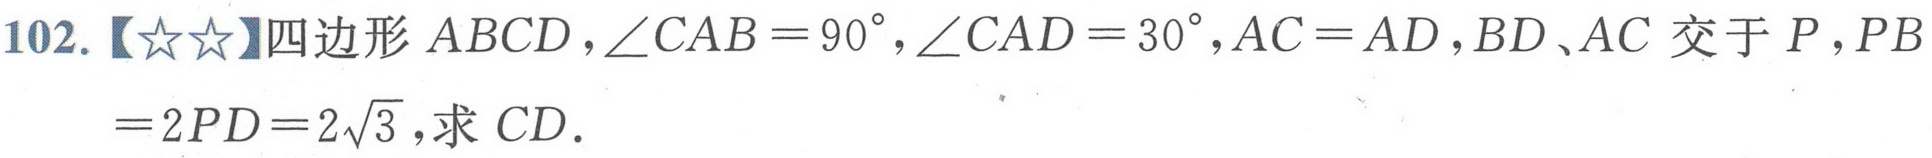
102.【\(☆☆\)】四边形\(ABCD\)，\(\angle CAB = 90^{\circ}\)，\(\angle CAD = 30^{\circ}\)，\(AC = AD\)，\(BD、AC\)交于\(P\)，\(PB = 2PD = 2\sqrt{3}\)，求\(CD\)．